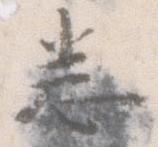
悉